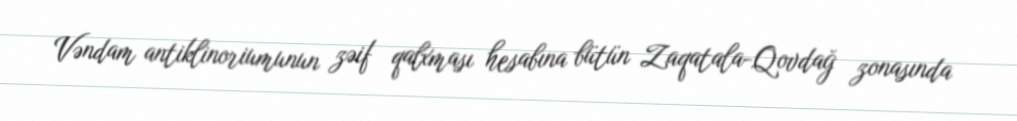
Vəndam antiklinoriumunun zəif qalxması hesabına bütün Zaqatala-Qovdağ zonasında